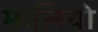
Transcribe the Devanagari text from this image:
मालियो